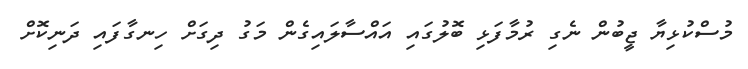
މުސްކުޅިޔާ ޖީބުން ނެގި ރުމާފަޅި ބޮލުގައި އައްސާލައިގެން މަގު ދިގަށް ހިނގާފައި ދަނިކޮށް